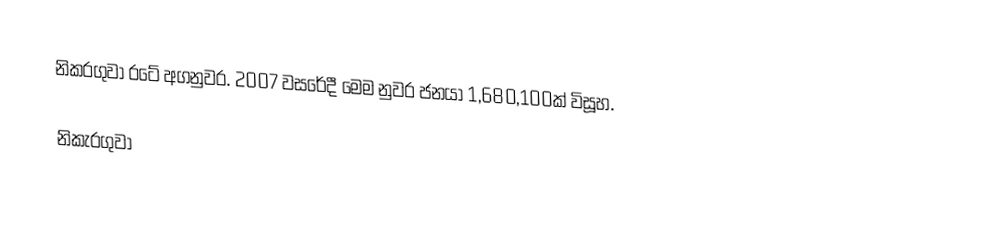
නිකරගුවා රටේ අගනුවර. 2007 වසරේදී මෙම නුවර ජනයා 1,680,100ක් විසූහ.

නිකැරගුවා